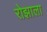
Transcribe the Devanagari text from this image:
रोझाला